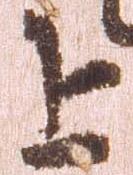
上